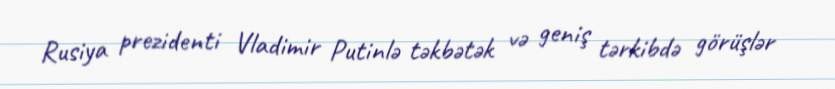
Rusiya prezidenti Vladimir Putinlə təkbətək və geniş tərkibdə görüşlər